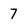
Character: 7